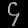
Digit: ၄